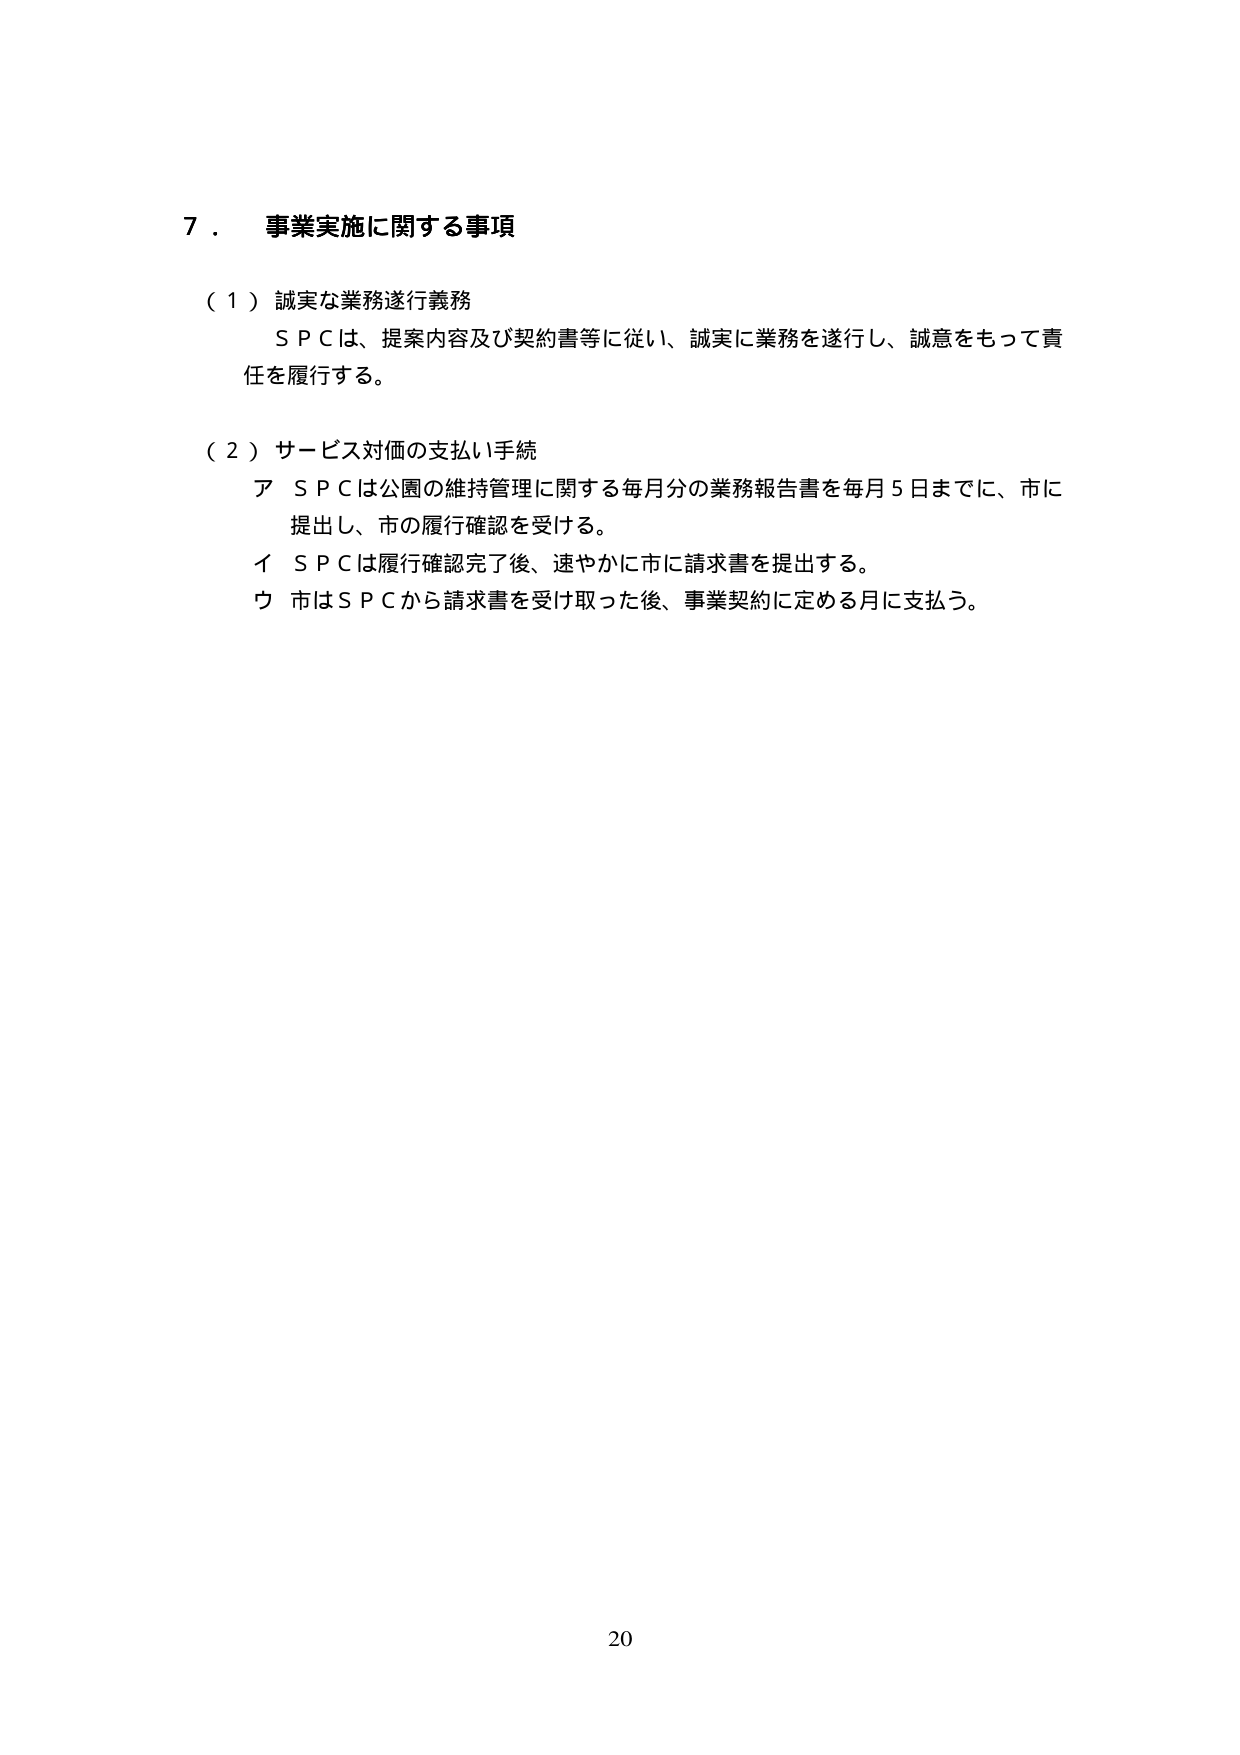
7．事業実施に関する事項

（1）誠実な業務遂行義務
ＳＰＣは、提案内容及び契約書等に従い、誠実に業務を遂行し、誠意をもって責任を履行する。

（2）サービス対価の支払い手続
ア ＳＰＣは公園の維持管理に関する毎月分の業務報告書を毎月5日までに、市に提出し、市の履行確認を受ける。
イ ＳＰＣは履行確認完了後、速やかに市に請求書を提出する。
ウ 市はＳＰＣから請求書を受け取った後、事業契約に定める月に支払う。

20